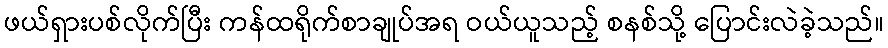
ဖယ်ရှားပစ်လိုက်ပြီး ကန်ထရိုက်စာချုပ်အရ ဝယ်ယူသည့် စနစ်သို့ ပြောင်းလဲခဲ့သည်။